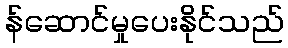
န်ဆောင်မှုပေးနိုင်သည်